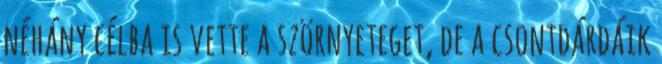
néhány célba is vette a szörnyeteget, de a csontdárdáik